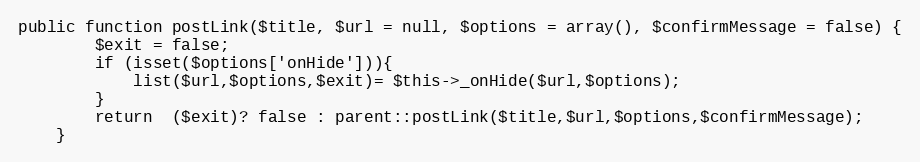
Language: PHP
public function postLink($title, $url = null, $options = array(), $confirmMessage = false) {
		$exit = false;
		if (isset($options['onHide'])){
			list($url,$options,$exit)= $this->_onHide($url,$options);
		}
		return  ($exit)? false : parent::postLink($title,$url,$options,$confirmMessage);
	}